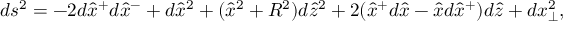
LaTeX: d s ^ { 2 } = - 2 d \hat { x } ^ { + } d \hat { x } ^ { - } + d \hat { x } ^ { 2 } + ( \hat { x } ^ { 2 } + R ^ { 2 } ) d \hat { z } ^ { 2 } + 2 ( \hat { x } ^ { + } d \hat { x } - \hat { x } d \hat { x } ^ { + } ) d \hat { z } + d x _ { \perp } ^ { 2 } ,